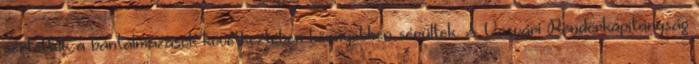
sértettek a bántalmazások következtében könnyebben sérültek. A Vasvári Rendőrkapitányság